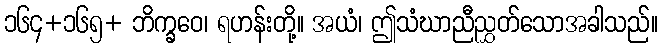
၁၆၄+၁၆၅+ ဘိက္ခဝေ၊ ရဟန်းတို့။ အယံ၊ ဤသံဃာညီညွှတ်သောအခါသည်။